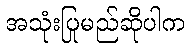
အသုံးပြုမည်ဆိုပါက